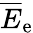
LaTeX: \overline{E}_{\mathrm{e}}